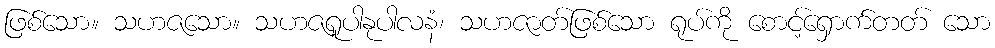
ဖြစ်သော။ သဟဇသော။ သဟဇရူပါနုပါလနံ၊ သဟဇာတ်ဖြစ်သော ရုပ်ကို စောင့်ရှောက်တတ် သော